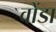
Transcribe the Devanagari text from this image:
वोंडा